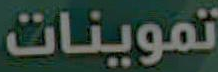
تموينات